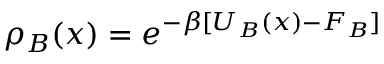
\rho _ { B } ( { \boldsymbol { x } } ) = e ^ { - \beta [ U _ { B } ( { \boldsymbol { x } } ) - F _ { B } ] }